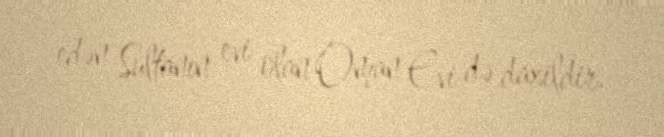
edən Sultanın evi olan Oman Evi də daxildir.